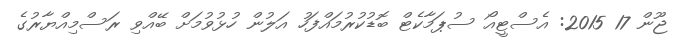
ޖޫން 17 2015: އެސްޓީއޯ ސުޕަމާކެޓް ބޮޑުކުރުމައްފަހު އަލުން ހުޅުވުމަށް ބޭއްވި ރަސްމިއްޔާރުގެ